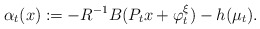
\begin{align*}\alpha_t(x):=-R^{-1}B(P_tx+\varphi_t^\xi)-h(\mu_t).\end{align*}